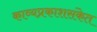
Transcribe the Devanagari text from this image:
काव्यप्रकाशसंकेत